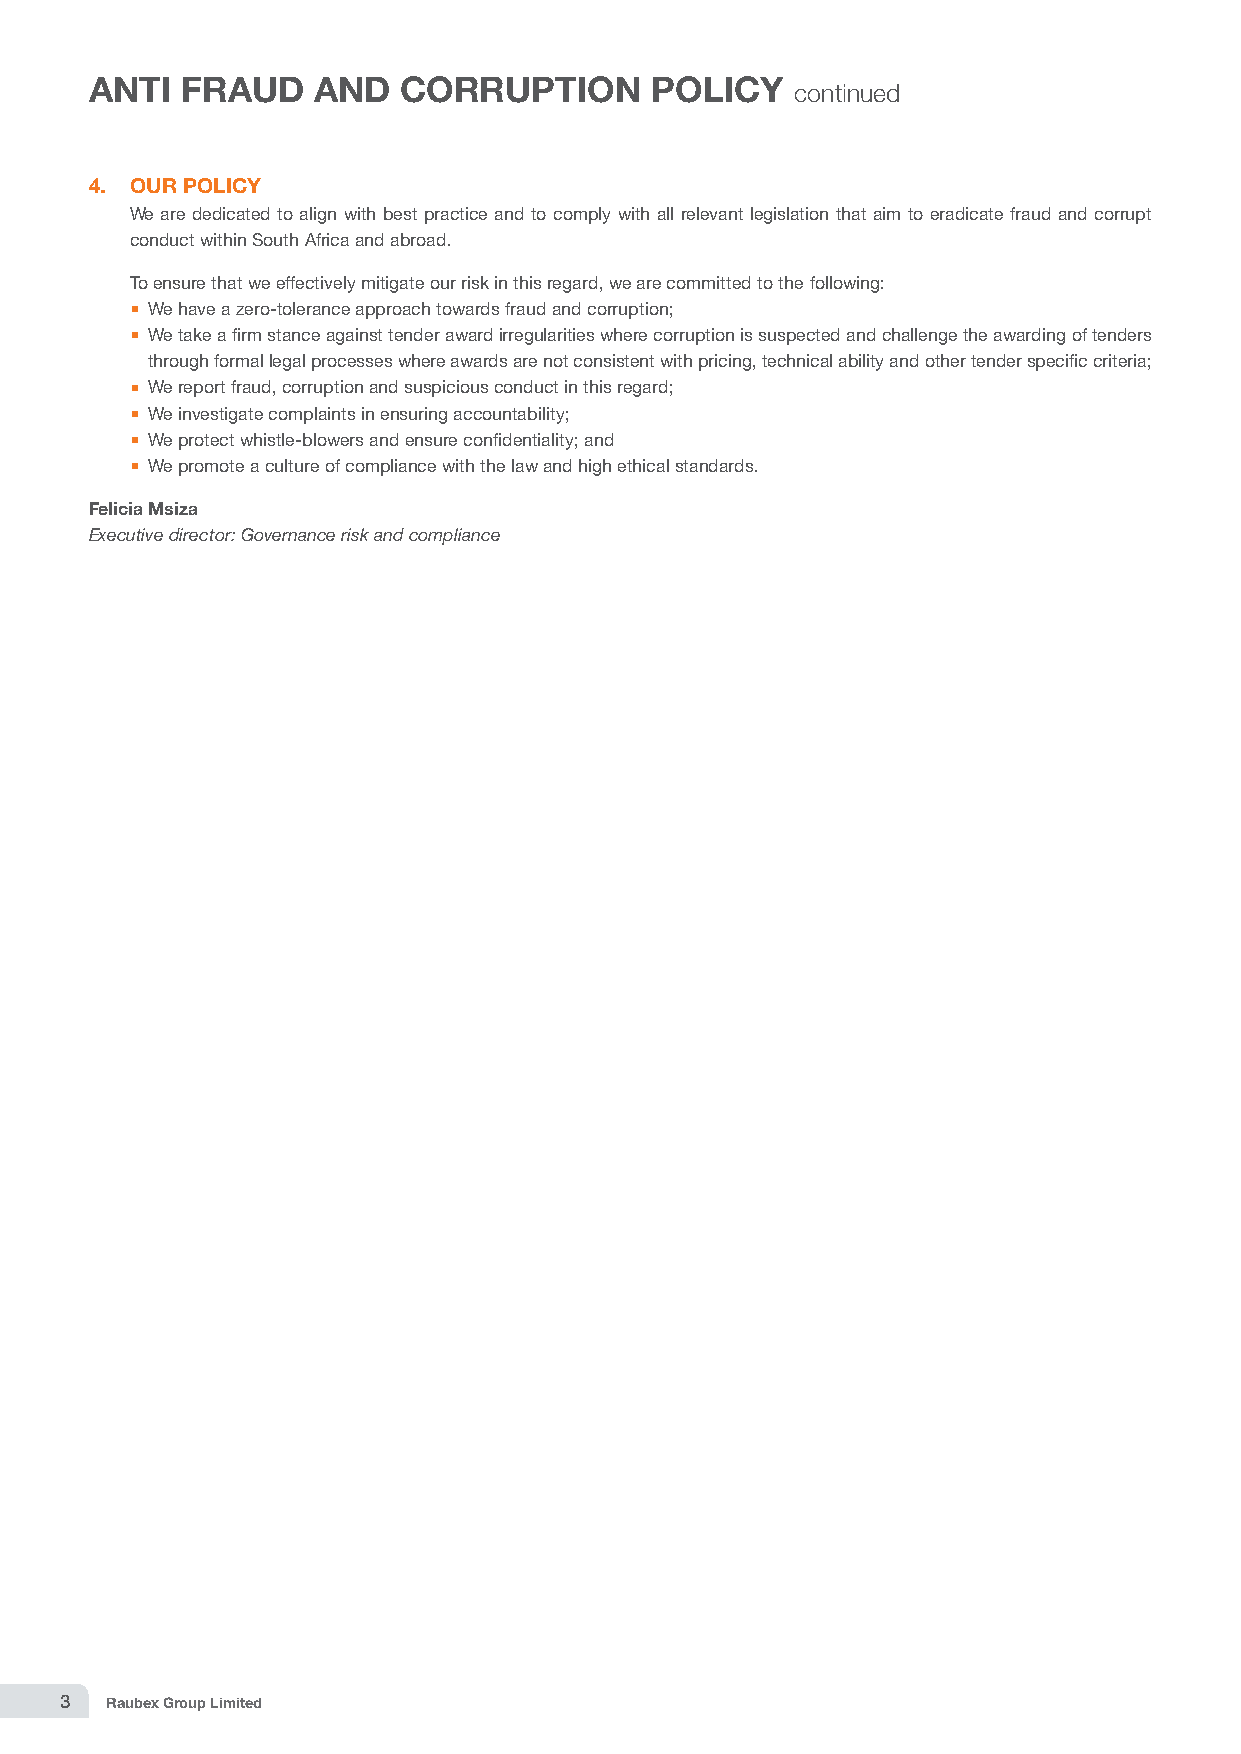
ANTI  FRAUD    AND   CORRUPTION      POLICY
 continued
 4. OUR POLICY
 W e are dedicated to align with best practice and to comply with all relevant legislation that aim to eradicate fraud and corrupt
 conduct within South Africa and abroad.
 T o ensure that we effectively mitigate our risk in this regard, we are committed to the following:
  We have a zero-tolerance approach towards fraud and corruption;
  We take a firm stance against tender award irregularities where corruption is suspected and challenge the awarding of tenders
 through formal legal processes where awards are not consistent with pricing, technical ability and other tender specific criteria;
  We report fraud, corruption and suspicious conduct in this regard;
  We investigate complaints in ensuring accountability;
  We protect whistle-blowers and ensure confidentiality; and
  We promote a culture of compliance with the law and high ethical standards.
 Felicia Msiza
 Executive director: Governance risk and compliance
 3  Raubex Group Limited